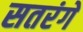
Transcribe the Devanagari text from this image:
सतरंगे